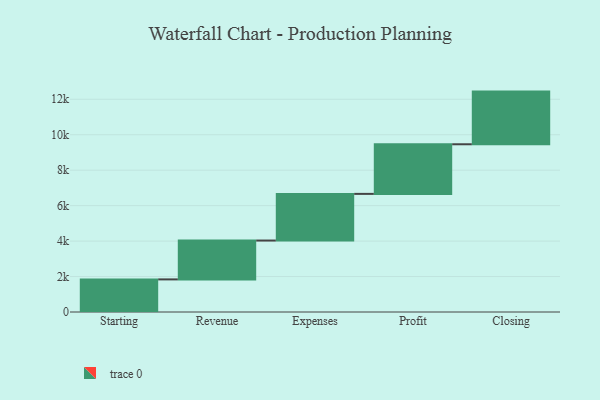
{"axis": {"x": "Step", "y": "Value"}, "legend": [""], "data": [{"x": "Starting", "y": 1839.0, "type": ""}, {"x": "Revenue", "y": 2192.0, "type": ""}, {"x": "Expenses", "y": 2632.0, "type": ""}, {"x": "Profit", "y": 2798.0, "type": ""}, {"x": "Closing", "y": 2971.0, "type": ""}]}